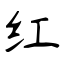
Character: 红